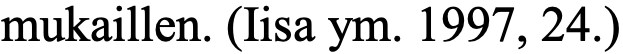
mukaillen. (Iisa ym. 1997, 24.)